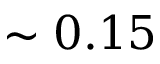
\sim 0 . 1 5